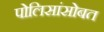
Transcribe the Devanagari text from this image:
पोलिसांसोबत